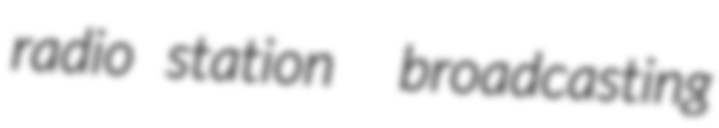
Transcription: radio station  broadcasting